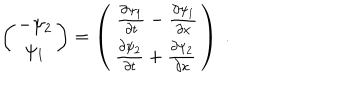
\left( \begin{matrix} { { - \psi _ { 2 } } } \\ { { \psi _ { 1 } } } \\ \end{matrix} \right) = \left( \begin{matrix} { { \, \frac { \partial \psi _ { 1 } } { \partial t } - \frac { \partial \psi _ { 1 } } { \partial x } } } \\ { { \frac { \partial \psi _ { 2 } } { \partial t } + \frac { \partial \psi _ { 2 } } { \partial x } } } \\ \end{matrix} \right) \ .